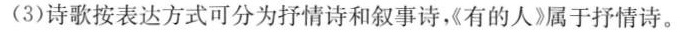
(3)诗歌按表达方式可分为抒情诗和叙事诗《有的人》属于抒情诗。